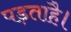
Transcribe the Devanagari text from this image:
पड़ताहै।